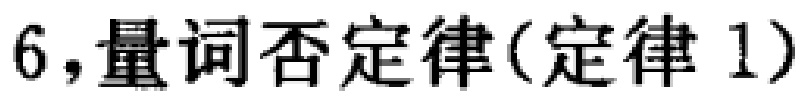
6,量词否定律(定律 1)